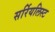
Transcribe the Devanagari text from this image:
सर्रियलिस्ट